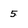
Character: 5